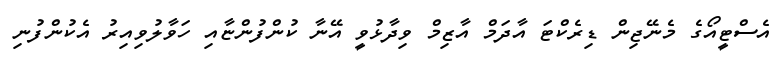
އެސްޓީއޯގެ މެނޭޖިން ޑިރެކްޓަ އާދަމް އާޒިމް ވިދާޅުވީ އޭނާ ކުންފުންޏާއި ހަވާލުވިއިރު އެކުންފުނި